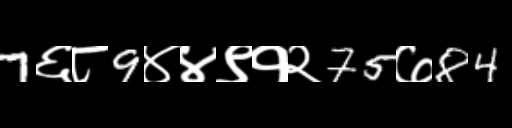
Text: 7६८9४४९१२75७84